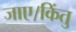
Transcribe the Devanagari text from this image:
जाए।किंतु